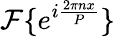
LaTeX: {\mathcal{F}}\{ e^{i{\frac{2\pi nx}{P}}}\}